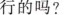
行的吗？